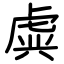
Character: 虡